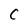
Character: C